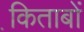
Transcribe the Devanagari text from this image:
कि़ताबों